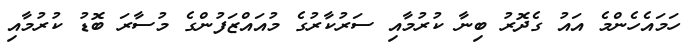
ހަމައެހެންމެ އައު ގެދޮރު ބިނާ ކުރުމާއި ސަރުކާރުގެ މުއައްޒަފުންގެ މުސާރަ ބޮޑު ކުރުމާއި